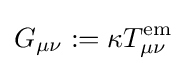
G_{\mu \nu }:=\kappa T_{\mu \nu }^{\mathrm {em} }